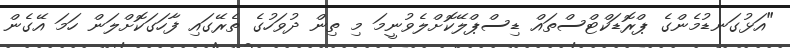
"އަޅުގަނޑުމެންގެ ޕްރޮޑަކްޓްސްތައް ޑިސްޕްލޭކޮށްލެވުނީމަ މި ތިން ދުވަހުގެ ތެރޭގައި ފާހަގަކޮށްލަން ހަމަ އޭގެން